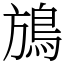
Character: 鴋